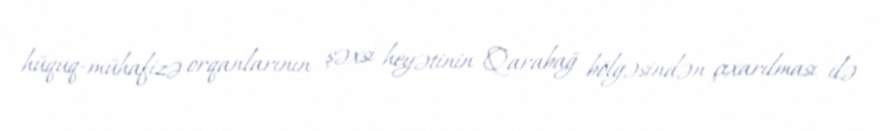
hüquq-mühafizə orqanlarının şəxsi heyətinin Qarabağ bölgəsindən çıxarılması ilə